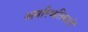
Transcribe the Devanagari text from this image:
अवस्थितिकारों